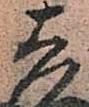
吉